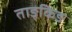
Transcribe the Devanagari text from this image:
ताङ्किङ